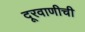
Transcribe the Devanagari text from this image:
दूरवाणीची